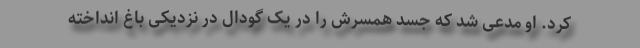
کرد. او مدعی شد که جسد همسرش را در یک گودال در نزدیکی باغ انداخته